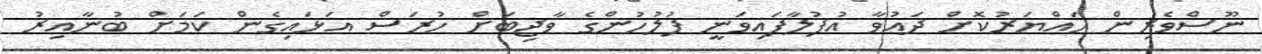
ނޫސްވެރިން ހައްޔަރުކޮށް ދައުވާ އުފުލާފައިވަނީ ފުލުހުންގެ ވާޖިބަށް ހުރަސް އަޅައިގެން ކަމަށް ބުނާއިރު